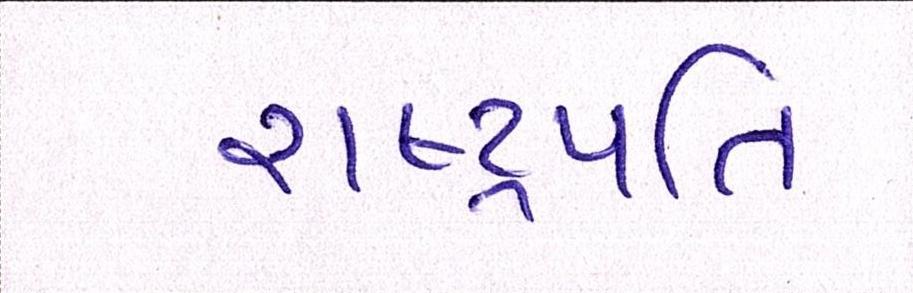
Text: રાષ્ટ્રપતિ